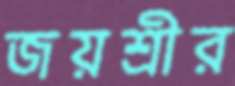
জয়শ্রীর